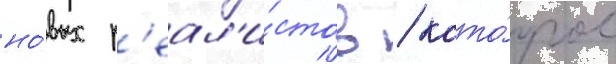
но́вых р'еал'и́стов / кото́рое